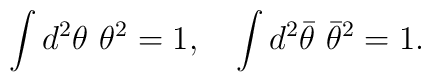
\int d^2 \theta \ \theta^2 = 1,\quad \int d^2 {\bar\theta} \ {\bar \theta}^2 = 1.